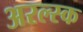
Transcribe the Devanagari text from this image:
अरल्स्क